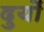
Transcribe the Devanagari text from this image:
दुर्यो